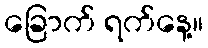
ခြောက် ရက်နေ့။